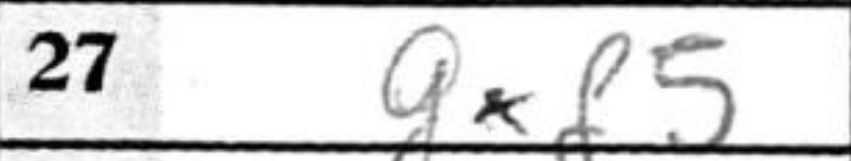
Transcription: gxf5